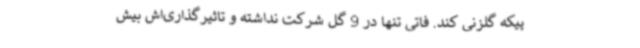
پیکه گلزنی کند. فاتی تنها در 9 گل شرکت نداشته و تاثیرگذاری‌اش بیش